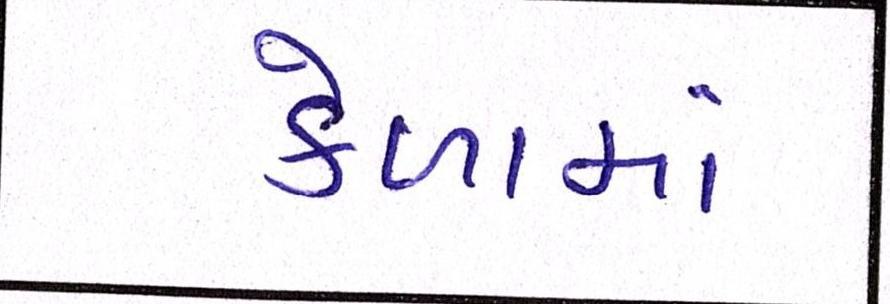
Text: કેળામાં